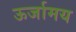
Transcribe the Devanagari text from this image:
ऊर्जामय